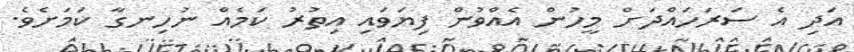
އަދި އެ ސަރަހައްދަށް މީހުން އެއްވުން ފިޔަވައި އިތުރު ކަމެއް ނުހިނގާ ކަމަށެވެ.